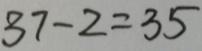
3 7 - 2 = 3 5